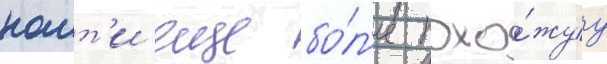
наит'и еще бо́л'ее похо́жуу